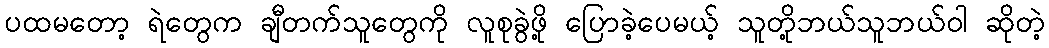
ပထမတော့ ရဲတွေက ချီတက်သူတွေကို လူစုခွဲဖို့ ပြောခဲ့ပေမယ့် သူတို့ဘယ်သူဘယ်ဝါ ဆိုတဲ့